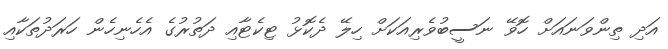
އަދި ތިންވަނައަށް ހޮވޭ ނަސީބުވެރިއަކަށް ހިލޭ ދެކޮޅު ޓިކެޓާއި ދަތުރުގެ އެހެނިހެން ހަރަދުތަކާއި